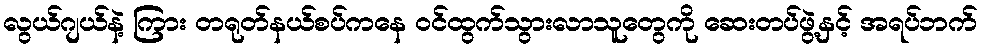
လွယ်ဂျယ်နဲ့ ကြား တရုတ်နယ်စပ်ကနေ ဝင်ထွက်သွားလာသူတွေကို ဆေးတပ်ဖွဲ့နှင့် အရပ်ဘက်